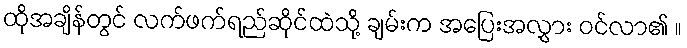
ထိုအချိန်တွင် လက်ဖက်ရည်ဆိုင်ထဲသို့ ချမ်းက အပြေးအလွှား ဝင်လာ၏ ။